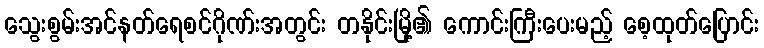
သွေးစွမ်းအင်နတ်ရေစင်ဂိုဏ်းအတွင်း တနိုင်းမြို့၏ ကောင်းကြီးပေးမည့် စေ့ထုတ်ပြောင်း